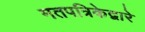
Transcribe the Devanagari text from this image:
मतपत्रिकेद्वारे